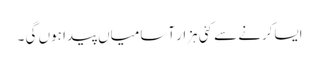
ایساکرنے سے کئی ہزار آسامیاں پیدا ہوں گی ۔